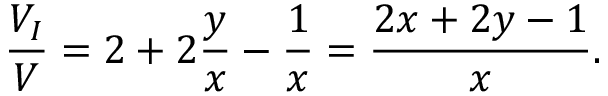
\frac { V _ { I } } { V } = 2 + 2 \frac { y } { x } - \frac { 1 } { x } = \frac { 2 x + 2 y - 1 } { x } .